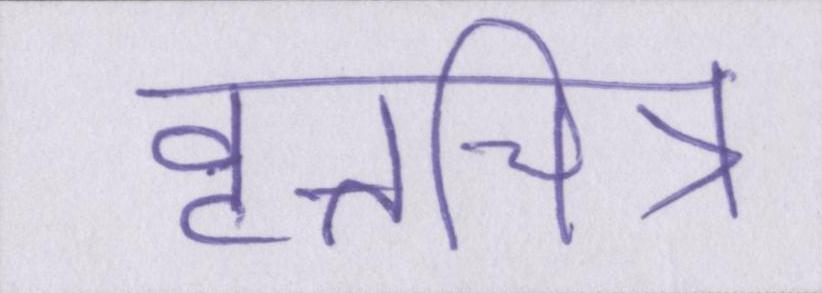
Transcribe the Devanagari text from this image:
वृत्तचित्र